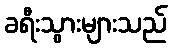
ခရီးသွားများသည်